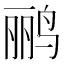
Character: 鹂